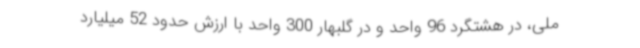
ملی، در هشتگرد 96 واحد و در گلبهار 300 واحد با ارزش حدود 52 میلیارد